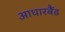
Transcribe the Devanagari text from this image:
आधारबैंड